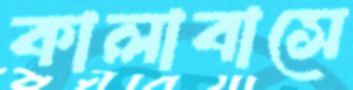
কালাবাসে